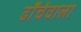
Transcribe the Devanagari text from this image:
ढाँचेवाला